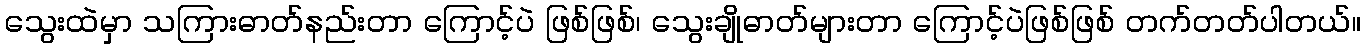
သွေးထဲမှာ သကြားဓာတ်နည်းတာ ကြောင့်ပဲ ဖြစ်ဖြစ်၊ သွေးချိုဓာတ်များတာ ကြောင့်ပဲဖြစ်ဖြစ် တက်တတ်ပါတယ်။